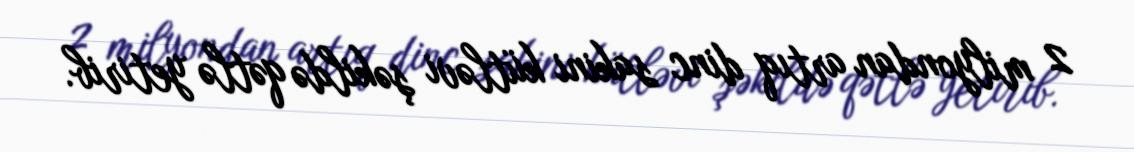
2 milyondan artıq dinc sakini kütləvi şəkildə qətlə yetirib.